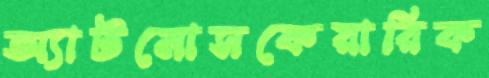
অ্যাটমোসফেয়ারিক